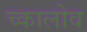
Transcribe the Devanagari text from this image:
च्कालोव